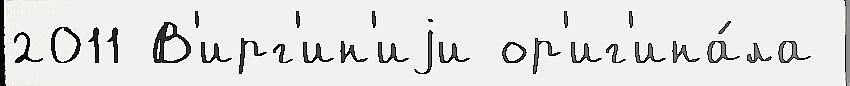
2011 В'ирг'ин'иjи ор'иг'ина́ла